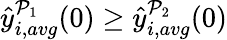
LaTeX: \hat{y}_{i,avg}^{\mathcal{P}_{1}}(0)\geq\hat{y}_{i,avg}^{\mathcal{P}_{2}}(0)